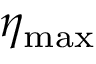
\eta _ { \mathrm { m a x } }